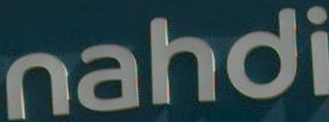
nahdi